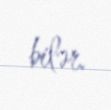
bilər.